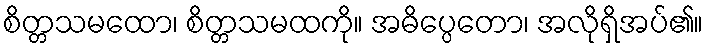
စိတ္တသမထော၊ စိတ္တသမထကို။ အဓိပ္ပေတော၊ အလိုရှိအပ်၏။